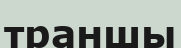
траншы